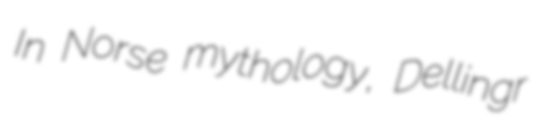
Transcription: In Norse mythology, Dellingr